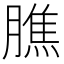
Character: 膲